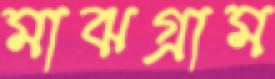
মাঝগ্রাম